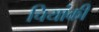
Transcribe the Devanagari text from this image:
चियांकी